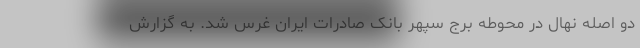
دو اصله نهال در محوطه برج سپهر بانک صادرات ایران غرس شد. به گزارش